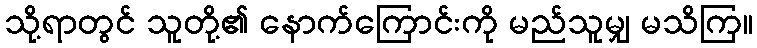
သို့ရာတွင် သူတို့၏ နောက်ကြောင်းကို မည်သူမျှ မသိကြ။